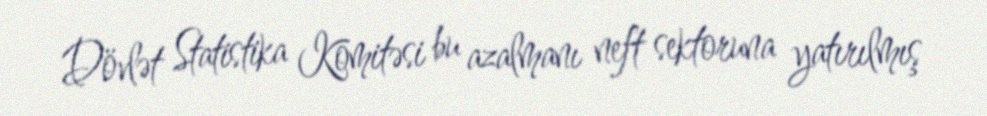
Dövlət Statistika Komitəsi bu azalmanı neft sektoruna yatırılmış